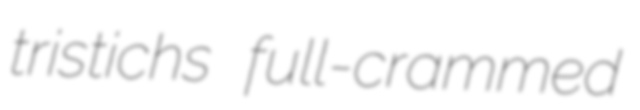
tristichs full-crammed